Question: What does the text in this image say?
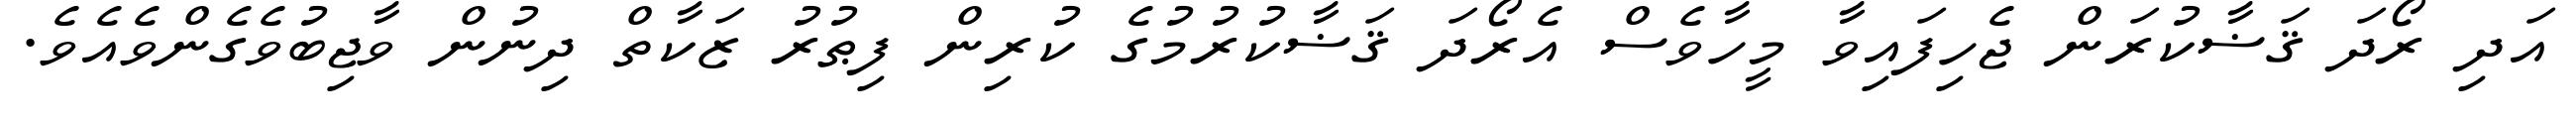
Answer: އަދި ރޯދަ ޤަޟާކުރަން ޖެހިފައިވާ މީހާވެސް އެރޯދަ ޤަޟާކުރުމުގެ ކުރިން ފިޠުރު ޒަކާތް ދިނުން ވާޖިބުވެގެންވެއެވެ.